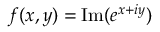
f ( x , y ) = \operatorname { I m } ( e ^ { x + i y } )